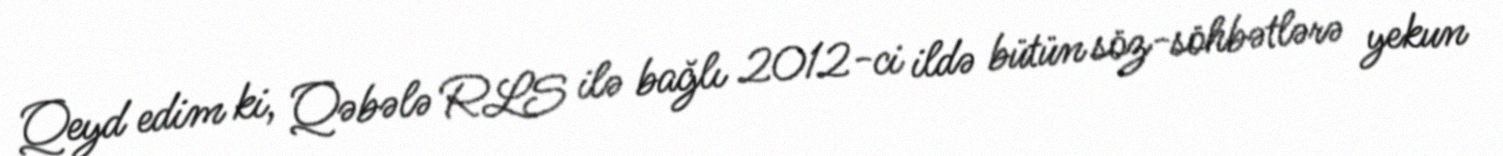
Qeyd edim ki, Qəbələ RLS ilə bağlı 2012-ci ildə bütün söz-söhbətlərə yekun